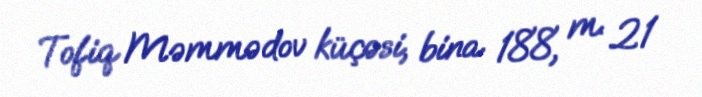
Tofiq Məmmədov küçəsi, bina 188, m. 21